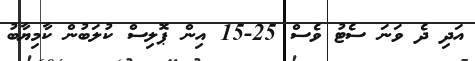
އަދި ދެ ވަނަ ސެޓު ވެސް 25-15 އިން ޕޮލިސް ކުލަބުން ކާމިޔާބު